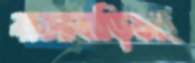
বাসাবাড়িসহ